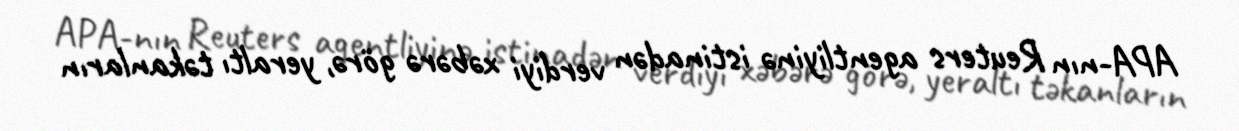
APA-nın Reuters agentliyinə istinadən verdiyi xəbərə görə, yeraltı təkanların